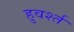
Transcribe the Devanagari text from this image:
हुवर्श्त